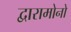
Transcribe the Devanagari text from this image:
द्वारामोनो